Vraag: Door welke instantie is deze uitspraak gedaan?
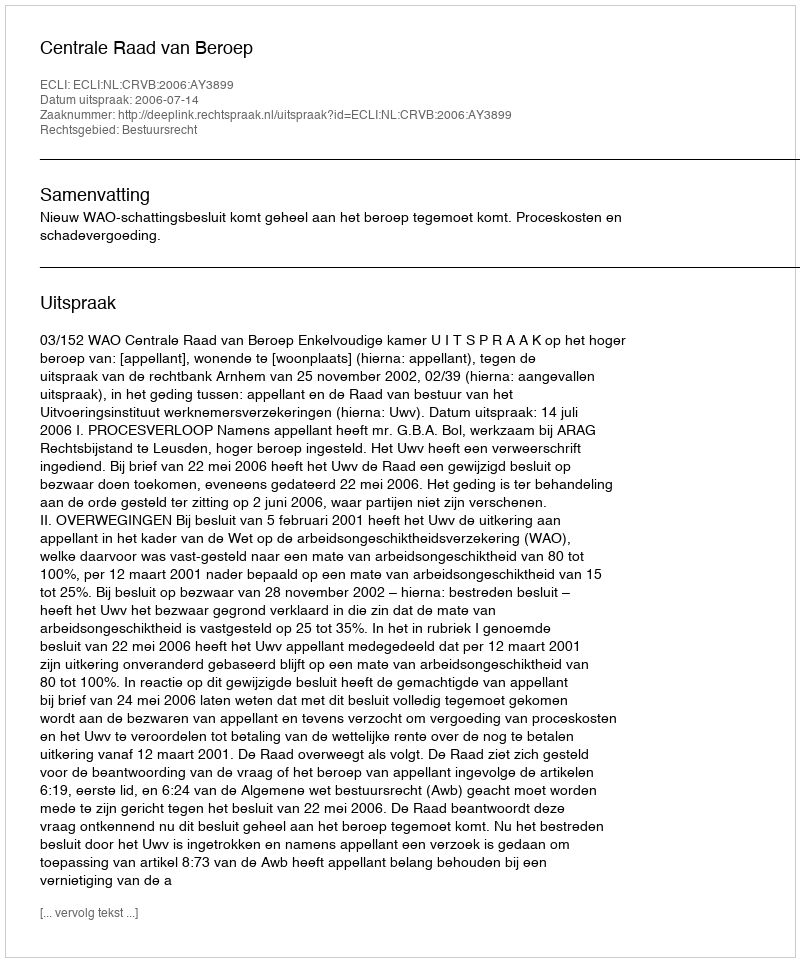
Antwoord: Centrale Raad van Beroep